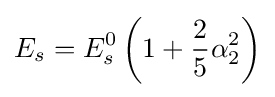
E_{s}=E_{s}^{0}\left(1+{\frac {2}{5}}\alpha _{2}^{2}\right)